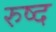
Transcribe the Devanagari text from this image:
रुष्द